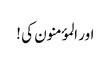
اور المؤمنون کی !